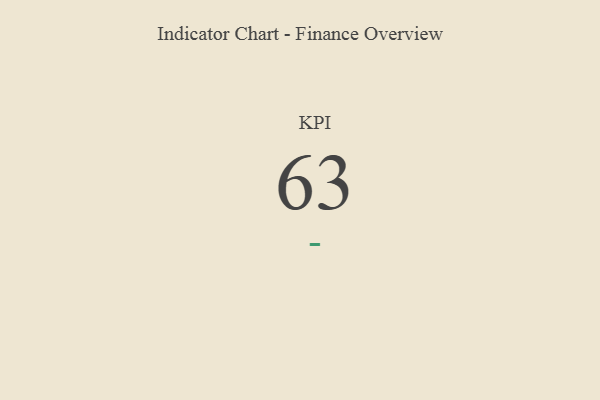
{"axis": {"x": "KPI", "y": "Value"}, "legend": [""], "data": [{"x": "KPI", "y": 63, "type": ""}]}